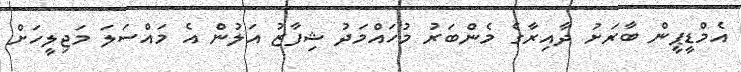
އެމްޑީޕީން ބާރަށު ދާއިރާގެ މެންބަރު މުހައްމަދު ޝިފާޒު އަލުން އެ މައްސަލަ މަޖިލީހަށް